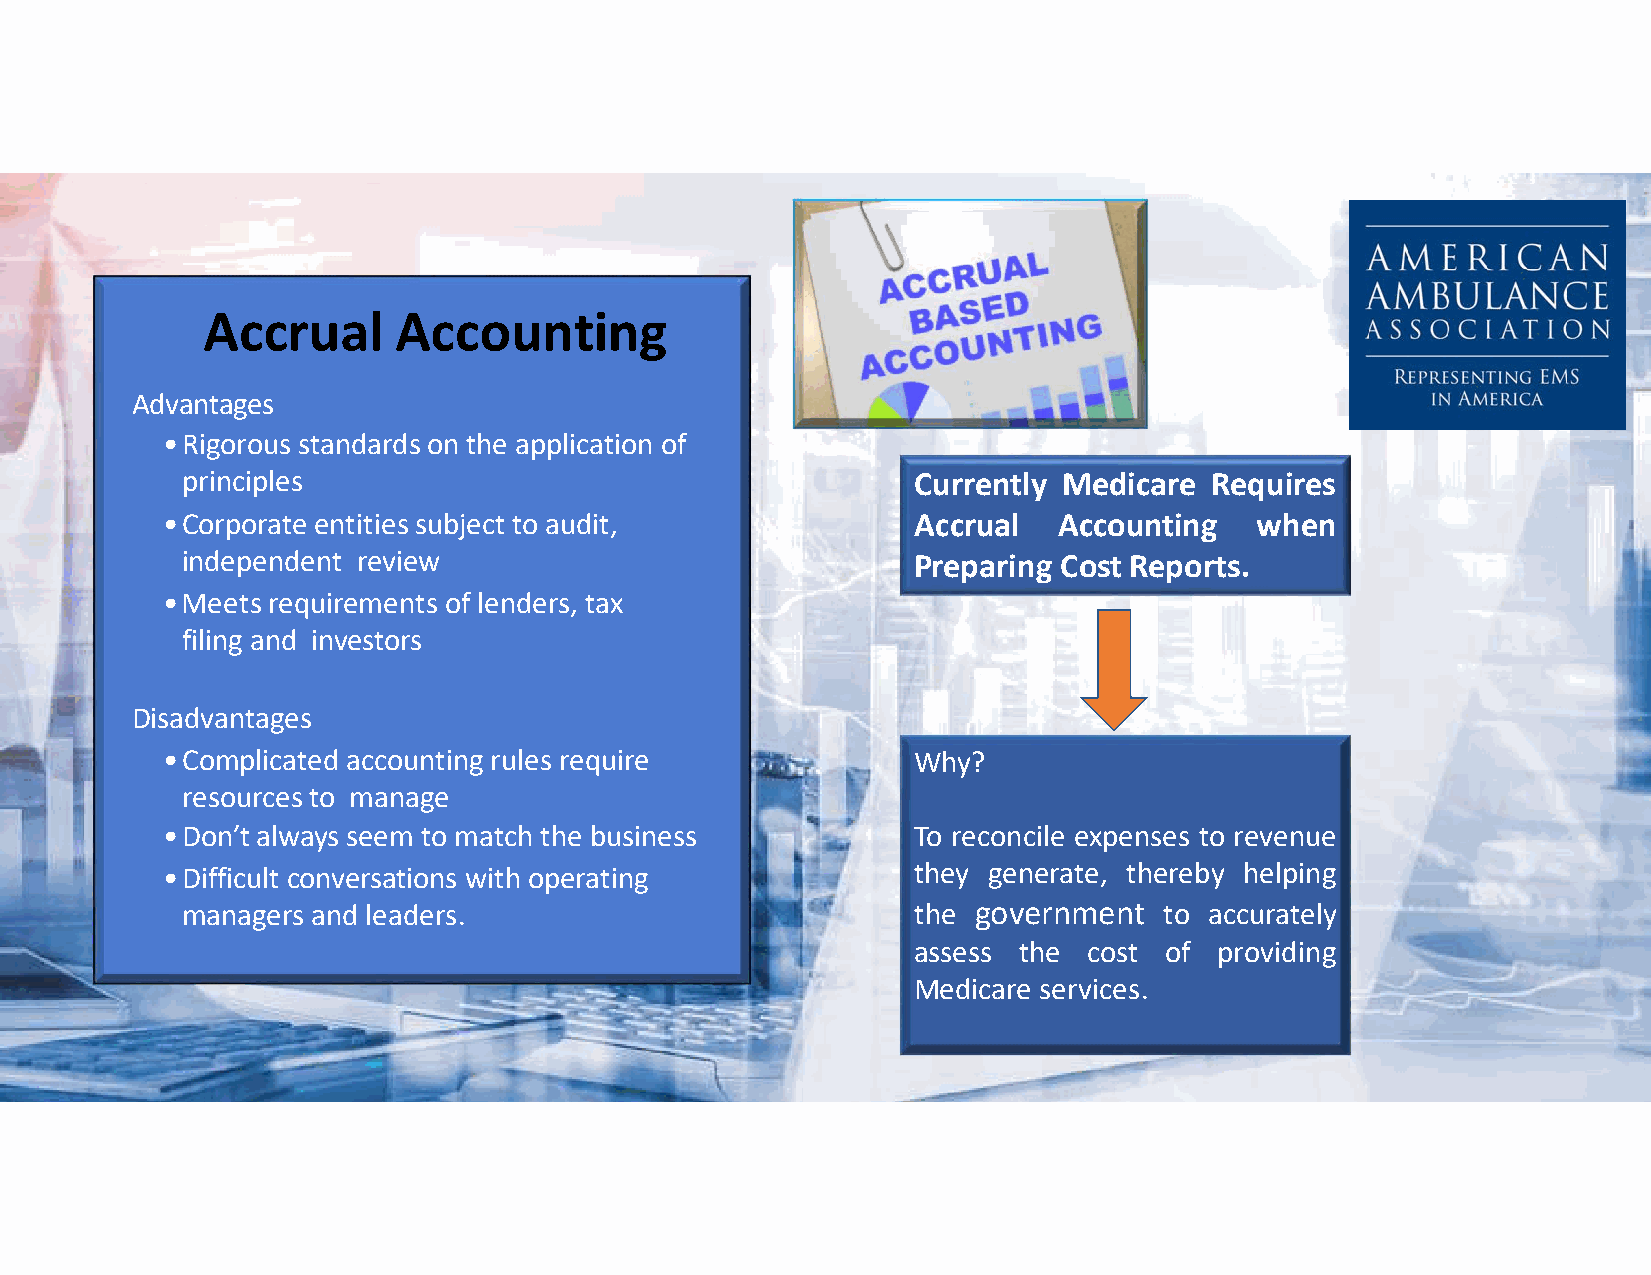
Accrual      Accounting
 Advantages
 •Rigorous standards on the application of
 principles                                      Currently Medicare  Requires
 •Corporate entities subject to audit,            Accrual   Accounting   when
 independent review                              Preparing Cost Reports.
 •Meets requirements of lenders, tax
 filing and investors
 Disadvantages
 •Complicated accounting rules require            Why?
 resourcesto manage
 •Don’t always seem to match the business         To reconcile expenses to revenue
 •Difficult conversations with operating          they generate, thereby helping
 managers and leaders.                           the government   to accurately
 assess the  cost of  providing
 Medicare services.